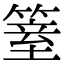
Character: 𥱆